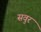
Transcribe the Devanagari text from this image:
सवुर